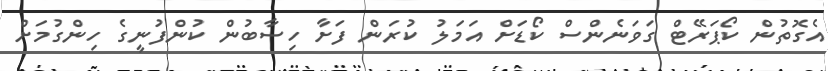
އެގޮތުން ކޯޕަރޭޓް ގަވަނެންސް ކޯޑަށް އަމަލު ކުރަން ފަށާ ހިސާބުން ކުންފުނީގެ ހިންގުމަށް